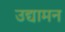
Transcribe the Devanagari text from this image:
उद्यामन